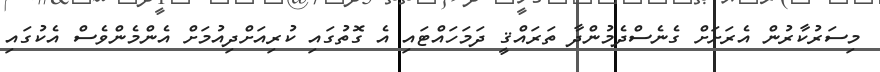
މިސަރުކާރުން އެރަށަށް ގެނެސްދެމުންދާ ތަރައްޤީ ދަމަހައްޓައި އެ ގޮތުގައި ކުރިއަށްދިއުމަށް އެންމެންވެސް އެކުގައި